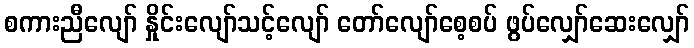
စကားညီလျော် နှိုင်းလျော်သင့်လျော် တော်လျော်စေ့စပ် ဖွပ်လျှော်ဆေးလျှော်